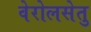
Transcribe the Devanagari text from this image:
वेरोलसेतु